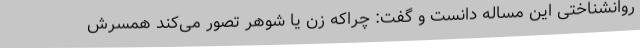
روانشناختی این مساله دانست و گفت: چراکه زن یا شوهر تصور می‌کند همسرش